Children and Young Persons (Scotland) Act, 1932. Care and training of juveniles, 1932
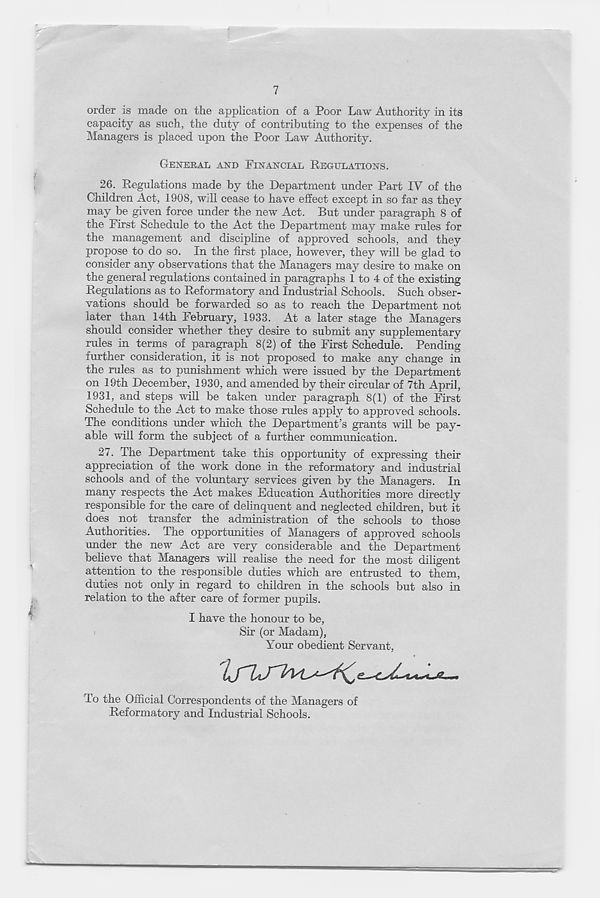
7
order is made on the application of a Poor Law Authority in its
capacity as such, the duty of contributing to the expenses of the
Managers is placed upon the Poor Law Authority.
GENERAL AND FINANCIAL REGULATIONS.
26. Regulations made by the Department under Part IV of the
Children Act, 1908, will cease to have effect except in so far as they
may be given force under the new Act. But under paragraph 8 of
the First Schedule to the Act the Department may make rules for
the management and discipline of approved schools, and they
propose to do so. In the first place, however, they will be glad to
consider any observations that the Managers may desire to make on
the general regulations contained in paragraphs 1 to 4 of the existing
Regulations as to Reformatory and Industrial Schools. Such obser-
vations should be forwarded so as to reach the Department not
later than 14th February, 1933. At a later stage the Managers
should consider whether they desire to submit any supplementary
rules in terms of paragraph 8(2) of the First Schedule. Pending
further consideration, it is not proposed to make any change in
the rules as to punishment which were issued by the Department
on 19th December, 1930, and amended by their circular of 7th April,
1931, and steps will be taken under paragraph 8(1) of the First
Schedule to the Act to make those rules apply to approved schools.
The conditions under which the Department’s grants will be pay-
able will form the subject of a further communication.
27. The Department take this opportunity of expressing their
appreciation of the work done in the reformatory and industrial
schools and of the voluntary services given by the Managers. In
many respects the Act makes Education Authorities more directly
responsible for the care of delinquent and neglected children, but it
does not transfer the administration of the schools to those
Authorities. The opportunities of Managers of approved schools
under the new Act are very considerable and the Department
believe that Managers will realise the need for the most diligent
attention to the responsible duties which are entrusted to them,
duties not only in regard to children in the schools but also in
relation to the after care of former pupils.
I have the honour to be,
Sir (or Madam),
Your obedient Servant,
To the Official Correspondents of the Managers of
Reformatory and Industrial Schools.